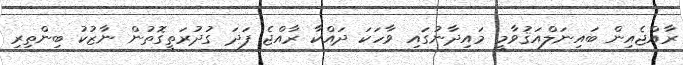
ރާއްޖެއިން ބައިނަލްއަޤުވާމީ މައިދާނުގައި ވާހަކަ ދައްކާ ރާއްޖެ ފަދަ ގުދުރަތީގޮތުން ނާޒުކު ބިންތިރި